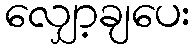
လျှော့ချပေး